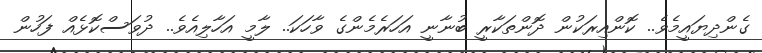
ގެންދިޔައީމެވެ.. ކޮންއިރަކުން ދޮންތަކާރީ ބުނާނީ އަހަރެމެންގެ ވާހަކަ.. ލާމީ އަހާލިއެވެ.. ދުވަސްކޮޅެއް ފަހުން